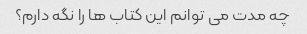
چه مدت می توانم این کتاب ها را نگه دارم؟